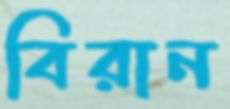
বিরান